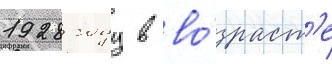
1928 году в во́зраст'е